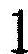
1